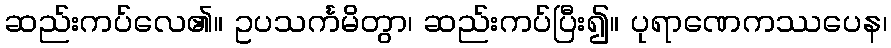
ဆည်းကပ်လေ၏။ ဥပသင်္ကမိတွာ၊ ဆည်းကပ်ပြီး၍။ ပုရာဏေကဿပေန၊